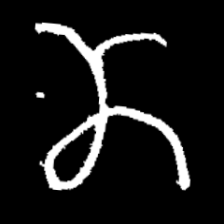
Pyu character \u2014 Myanmar letter: ဏ (romanized: nna)